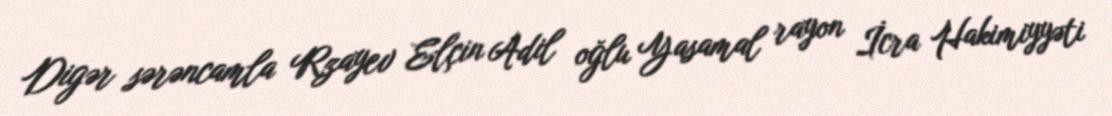
Digər sərəncamla Rzayev Elçin Adil oğlu Yasamal rayon İcra Hakimiyyəti